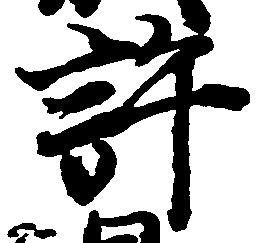
許